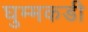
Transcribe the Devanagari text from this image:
घुम्मकडी